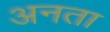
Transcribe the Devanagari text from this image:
अनता